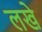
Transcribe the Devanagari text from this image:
लखे